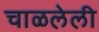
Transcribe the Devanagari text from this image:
चाळलेली